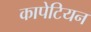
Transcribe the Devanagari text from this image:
कापेटियन